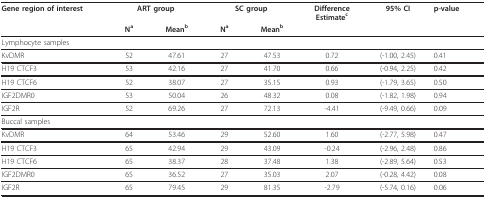
<table><thead><tr><td><b>Gene region of interest</b></td><td colspan="2"><b>ART group</b></td><td colspan="2"><b>SC group</b></td><td><b>DifferenceEstimate<sup>c</sup></b></td><td><b>95% CI</b></td><td><b>p-value</b></td></tr><tr><td></td><td><b>N<sup>a </sup></b></td><td><b>Mean<sup>b</sup></b></td><td><b>N<sup>a </sup></b></td><td><b>Mean<sup>b</sup></b></td><td></td><td></td><td></td></tr></thead><tbody><tr><td>Lymphocyte samples</td><td></td><td></td><td></td><td></td><td></td><td></td><td></td></tr><tr><td>KvDMR</td><td>52</td><td>47.61</td><td>27</td><td>47.53</td><td>0.72</td><td>(-1.00, 2.45)</td><td>0.41</td></tr><tr><td>H19 CTCF3</td><td>53</td><td>42.16</td><td>27</td><td>41.70</td><td>0.66</td><td>(-0.94, 2.25)</td><td>0.42</td></tr><tr><td>H19 CTCF6</td><td>52</td><td>38.07</td><td>27</td><td>35.15</td><td>0.93</td><td>(-1.79, 3.65)</td><td>0.50</td></tr><tr><td>IGF2DMR0</td><td>53</td><td>50.04</td><td>26</td><td>48.32</td><td>0.08</td><td>(-1.82, 1.98)</td><td>0.94</td></tr><tr><td>IGF2R</td><td>52</td><td>69.26</td><td>27</td><td>72.13</td><td>-4.41</td><td>(-9.49, 0.66)</td><td>0.09</td></tr><tr><td>Buccal samples</td><td></td><td></td><td></td><td></td><td></td><td></td><td></td></tr><tr><td>KvDMR</td><td>64</td><td>53.46</td><td>29</td><td>52.60</td><td>1.60</td><td>(-2.77, 5.98)</td><td>0.47</td></tr><tr><td>H19 CTCF3</td><td>65</td><td>42.94</td><td>29</td><td>43.09</td><td>-0.24</td><td>(-2.96, 2.48)</td><td>0.86</td></tr><tr><td>H19 CTCF6</td><td>65</td><td>38.37</td><td>28</td><td>37.48</td><td>1.38</td><td>(-2.89, 5.64)</td><td>0.53</td></tr><tr><td>IGF2DMR0</td><td>65</td><td>36.52</td><td>27</td><td>35.03</td><td>2.07</td><td>(-0.28, 4.42)</td><td>0.08</td></tr><tr><td>IGF2R</td><td>65</td><td>79.45</td><td>29</td><td>81.35</td><td>-2.79</td><td>(-5.74, 0.16)</td><td>0.06</td></tr></tbody></table>